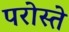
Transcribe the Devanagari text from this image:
परोस्ते